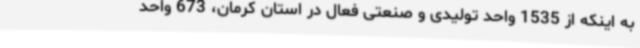
به اینکه از 1535 واحد تولیدی و صنعتی فعال در استان کرمان، 673 واحد